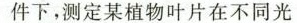
件下，测定某植物叶片在不同光